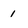
Character: 1